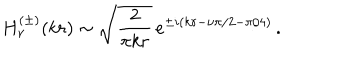
H _ { \nu } ^ { ( \pm ) } ( k r ) \sim \sqrt { \frac { 2 } { \pi k r } } \, e ^ { \pm i ( k r - \nu \pi / 2 - \pi / 4 ) } \, .